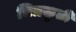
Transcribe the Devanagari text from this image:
चित्रकृती